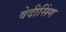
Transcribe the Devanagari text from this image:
वेदीसिंग